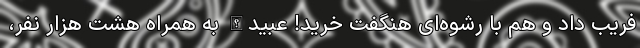
فریب داد و هم با رشوه‌ای هنگفت خرید! عبیدالله به همراه هشت هزار نفر،